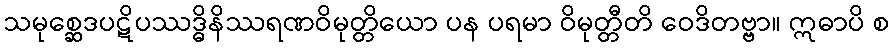
သမုစ္ဆေဒပဋိပဿဒ္ဓိနိဿရဏဝိမုတ္တိယော ပန ပရမာ ဝိမုတ္တီတိ ဝေဒိတဗ္ဗာ။ ဣဓာပိ စ